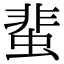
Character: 蜚